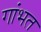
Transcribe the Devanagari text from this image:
गांभत